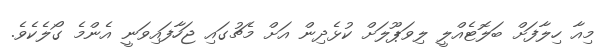
މިއާ ހިލާފަށް ބަލޮޓެއްލީ ލިވަޕޫލަށް ކުޅެދިން އަށް މެޗުގައި ޖަހާފައިވަނީ އެންމެ ގޯލެކެވެ.